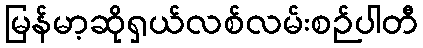
မြန်မာ့ဆိုရှယ်လစ်လမ်းစဉ်ပါတီ